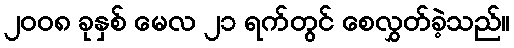
၂၀၀၈ ခုနှစ် မေလ ၂၁ ရက်တွင် စေလွှတ်ခဲ့သည်။